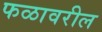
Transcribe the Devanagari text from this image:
फळावरील